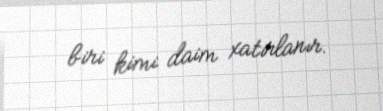
biri kimi daim xatırlanır.